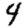
Digit: 4